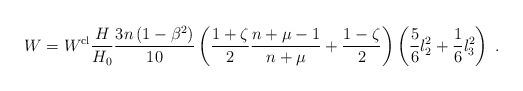
LaTeX: \begin{align*}W=W^{{\rm cl}}\frac{H}{H_{0}}\frac{3n\left( 1-\beta ^{2}\right) }{10}\left( \frac{1+\zeta }{2}\frac{n+\mu -1}{n+\mu }+\frac{1-\zeta }{2}\right) \left( \frac{5}{6}l_{2}^{2}+\frac{1}{6}l_{3}^{2}\right) \;. \end{align*}